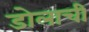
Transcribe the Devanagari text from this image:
डोलाची